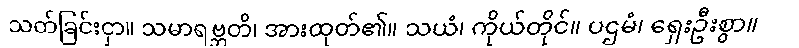
သတ်ခြင်းငှာ။ သမာရဗ္ဘတိ၊ အားထုတ်၏။ သယံ၊ ကိုယ်တိုင်။ ပဌမံ၊ ရှေးဦးစွာ။